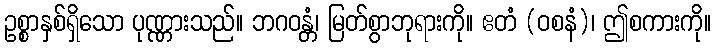
ဥစ္စာနှစ်ရှိသော ပုဏ္ဏားသည်။ ဘဂဝန္တံ၊ မြတ်စွာဘုရားကို။ ဧတံ (ဝစနံ)၊ ဤစကားကို။